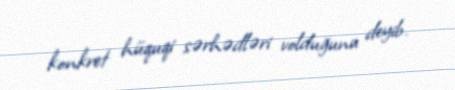
konkret hüquqi sərhədləri volduğunu deyib.